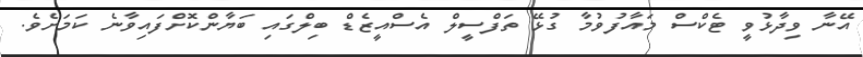
އޭނާ ވިދާޅުވީ ޓެކްސް މައާފުވުމާ ގުޅޭ ތަފްސީލް އެސްއީޒެޑް ބިލްގައި ބަޔާންކޮށްފައިވާނެ ކަމަށެވެ.